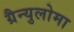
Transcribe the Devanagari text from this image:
ग्रैन्युलोमा